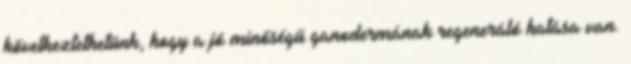
következtethetünk, hogy a jó minőségű ganodermának regeneráló hatása van.